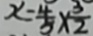
x = \frac { 4 } { 5 } \times \frac { 3 } { 2 }